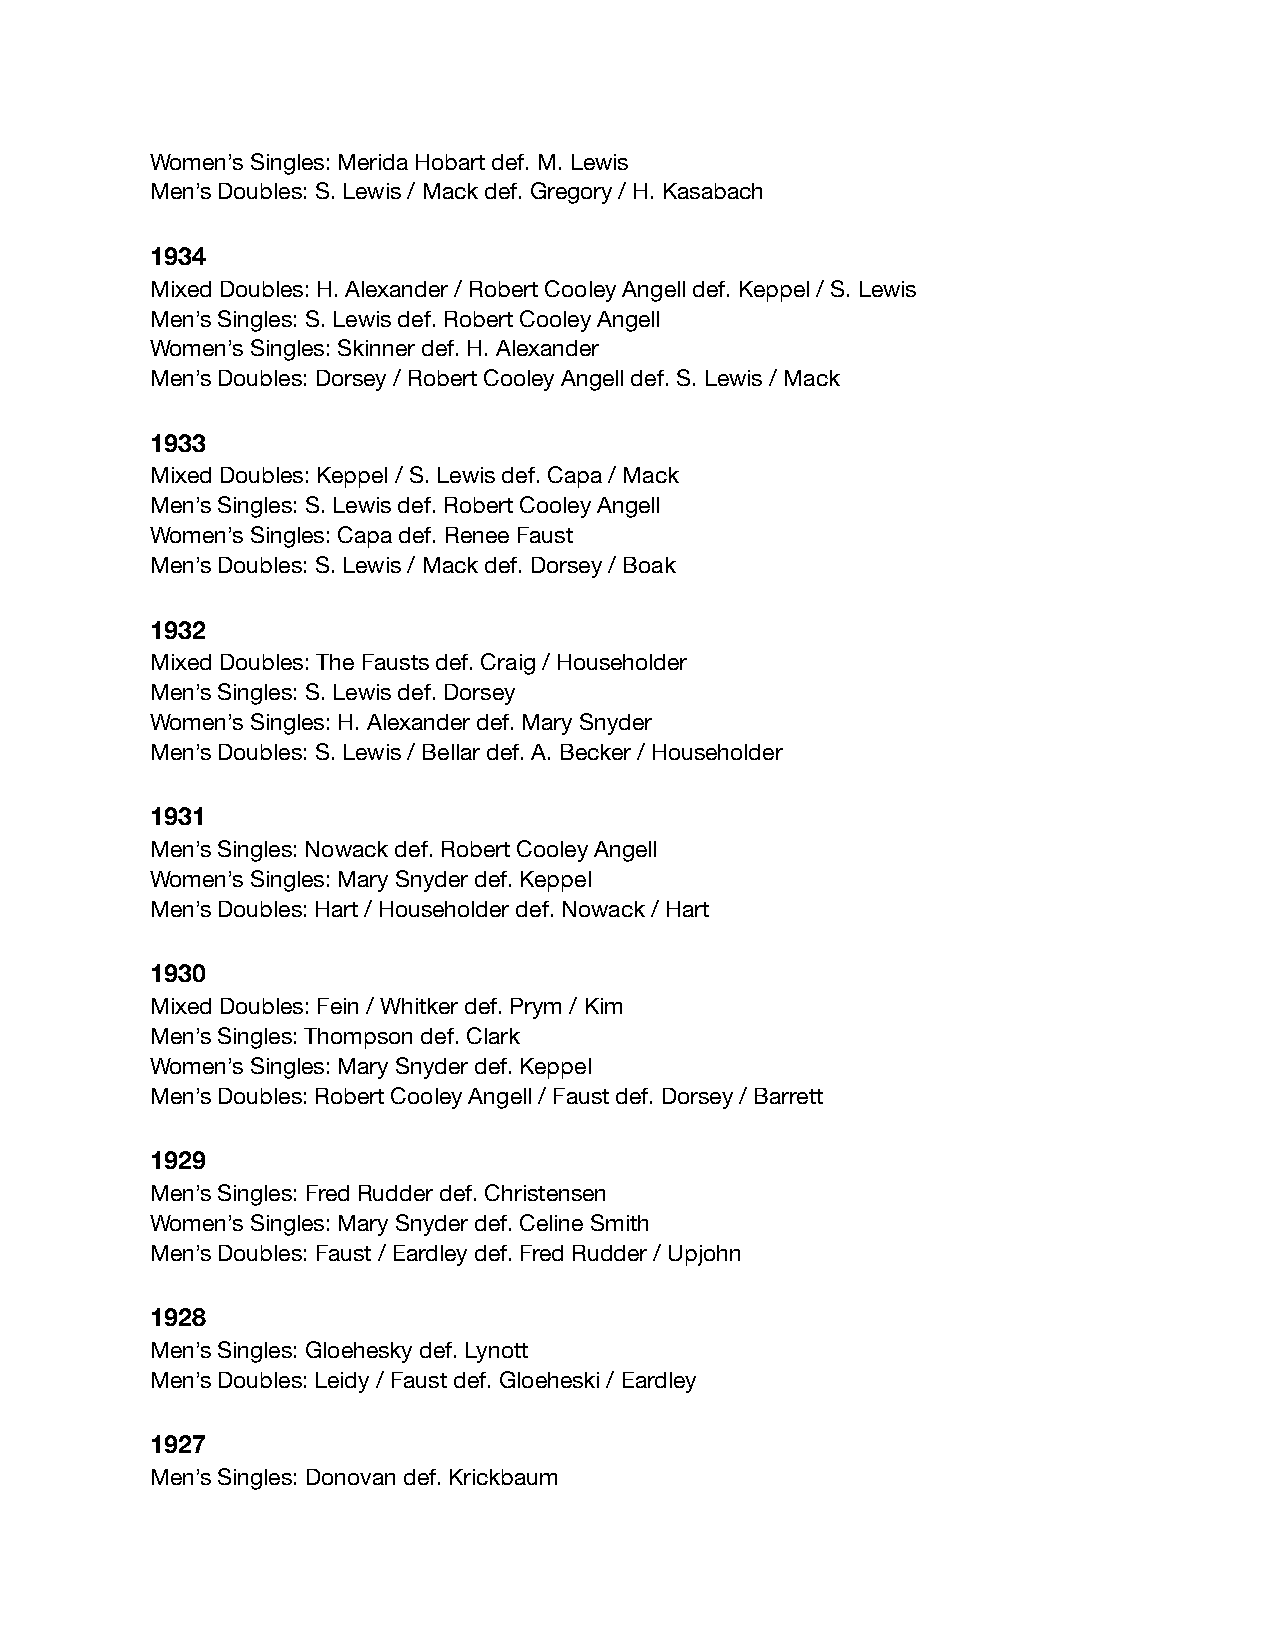
Women’s Singles: Merida Hobart def. M. Lewis
 Men’s Doubles: S. Lewis / Mack def. Gregory / H. Kasabach
 1934
 Mixed Doubles: H. Alexander / Robert Cooley Angell def. Keppel / S. Lewis
 Men’s Singles: S. Lewis def. Robert Cooley Angell
 Women’s Singles: Skinner def. H. Alexander
 Men’s Doubles: Dorsey / Robert Cooley Angell def. S. Lewis / Mack
 1933
 Mixed Doubles: Keppel / S. Lewis def. Capa / Mack
 Men’s Singles: S. Lewis def. Robert Cooley Angell
 Women’s Singles: Capa def. Renee Faust
 Men’s Doubles: S. Lewis / Mack def. Dorsey / Boak
 1932
 Mixed Doubles: The Fausts def. Craig / Householder
 Men’s Singles: S. Lewis def. Dorsey
 Women’s Singles: H. Alexander def. Mary Snyder
 Men’s Doubles: S. Lewis / Bellar def. A. Becker / Householder
 1931
 Men’s Singles: Nowack def. Robert Cooley Angell
 Women’s Singles: Mary Snyder def. Keppel
 Men’s Doubles: Hart / Householder def. Nowack / Hart
 1930
 Mixed Doubles: Fein / Whitker def. Prym / Kim
 Men’s Singles: Thompson def. Clark
 Women’s Singles: Mary Snyder def. Keppel
 Men’s Doubles: Robert Cooley Angell / Faust def. Dorsey / Barrett
 1929
 Men’s Singles: Fred Rudder def. Christensen
 Women’s Singles: Mary Snyder def. Celine Smith
 Men’s Doubles: Faust / Eardley def. Fred Rudder / Upjohn
 1928
 Men’s Singles: Gloehesky def. Lynott
 Men’s Doubles: Leidy / Faust def. Gloeheski / Eardley
 1927
 Men’s Singles: Donovan def. Krickbaum